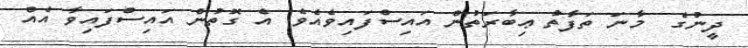
ދީނުގެ  މާނަ ތަފާތު ޢިބާރަތުން އައިސްފައިވެއެވެ. އެ ގޮތުން އައިސްފައިވާ އެއް